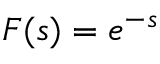
F ( s ) = e ^ { - s }